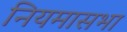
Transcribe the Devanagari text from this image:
नियमासभा